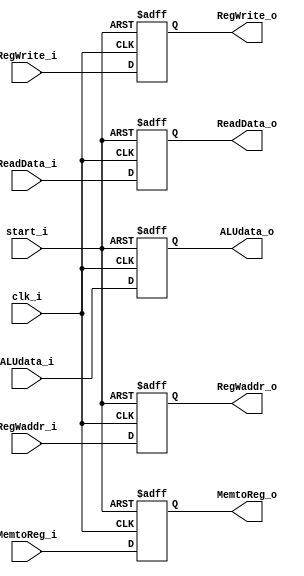
module MEMWB
(
	clk_i,
	start_i,
	RegWrite_i,
	MemtoReg_i,
	ReadData_i,
	ALUdata_i,
    RegWaddr_i,
	RegWrite_o,
	MemtoReg_o,
	ReadData_o,
	ALUdata_o,
	RegWaddr_o
);

input clk_i, start_i;
input  RegWrite_i, MemtoReg_i;
input [31:0] ReadData_i, ALUdata_i;
input [4:0]  RegWaddr_i;
output  RegWrite_o, MemtoReg_o;
output [31:0] ReadData_o, ALUdata_o;
output [4:0] RegWaddr_o;
reg  RegWrite_o, MemtoReg_o;
reg [31:0] ReadData_o, ALUdata_o;
reg [4:0] RegWaddr_o;

always @ ( posedge clk_i or negedge start_i) begin
  if (~start_i) begin
    RegWrite_o <= 0;
    MemtoReg_o <= 0;
    ReadData_o <= 0;
    ALUdata_o <= 0;
    RegWaddr_o <= 0;
  end
  else begin
    RegWrite_o <= RegWrite_i;
    MemtoReg_o <= MemtoReg_i;
    ReadData_o <= ReadData_i;
    ALUdata_o <= ALUdata_i;
    RegWaddr_o <= RegWaddr_i;
  end
end
endmodule